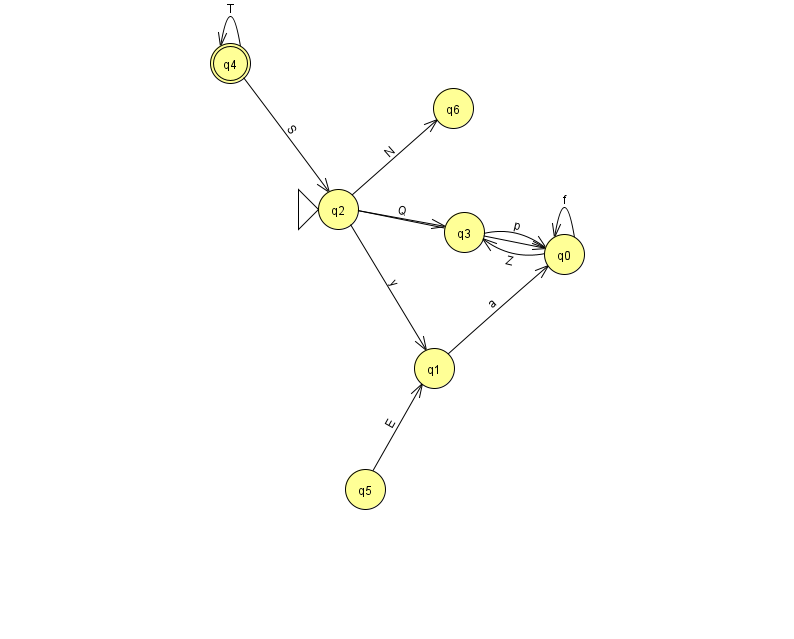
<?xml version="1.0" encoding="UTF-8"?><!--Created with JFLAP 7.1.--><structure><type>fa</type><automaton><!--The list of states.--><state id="0" name="q0"><x>564.0</x><y>241.0</y></state><state id="1" name="q1"><x>434.0</x><y>355.0</y></state><state id="2" name="q2"><x>338.0</x><y>196.0</y><initial/></state><state id="3" name="q3"><x>464.0</x><y>219.0</y></state><state id="4" name="q4"><x>230.0</x><y>50.0</y><final/></state><state id="5" name="q5"><x>365.0</x><y>476.0</y></state><state id="6" name="q6"><x>453.0</x><y>95.0</y></state><!--The list of transitions.--><transition><from>5</from><to>1</to><read>E</read></transition><transition><from>2</from><to>6</to><read>N</read></transition><transition><from>4</from><to>4</to><read>T</read></transition><transition><from>4</from><to>2</to><read>S</read></transition><transition><from>0</from><to>0</to><read>f</read></transition><transition><from>0</from><to>3</to><read>Z</read></transition><transition><from>1</from><to>0</to><read>a</read></transition><transition><from>2</from><to>0</to><read>g</read></transition><transition><from>3</from><to>0</to><read>p</read></transition><transition><from>2</from><to>3</to><read>Q</read></transition><transition><from>2</from><to>1</to><read>y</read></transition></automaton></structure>